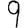
Digit: 9